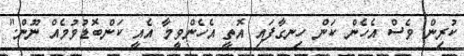
ކުރިން ވެސް އެހެން ކަން ހިނގާފައި އޮތީ އެހެންވީމާ އެއީ ކަންބޮޑުވުމެއް ނޫން."